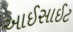
આઈસાઈટ